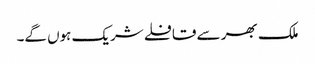
ملک بھر سے قافلے شریک ہوں گے۔